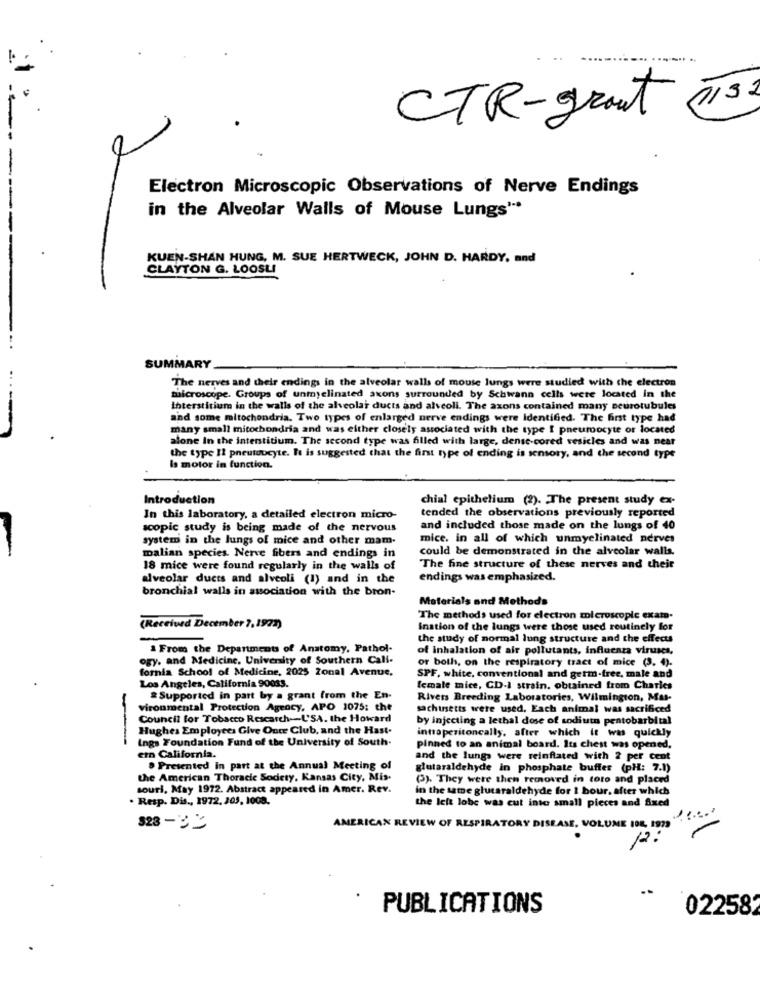
CTR-grant (13
Electron Microscopic Observations of Nerve Endings
in the Alveolar Walls of Mouse Lungs"*
KUEN-SHAN HUNG, M. SUE HERTWECK, JOHN D. HARDY, and
CLAYTON G. LOOSLI
SUMMARY
The nerves and their endings in the alveolar walls of mouse lungs were studied with the electron
microscope. Groups of unmyelinated axons surrounded by Schwann cells were located in the
Interstitium in the walls of the alveolar ducts and alveoli. The axons contained many seurotubules
and some mitochondria. Two types of enlarged nerve endings were Identified. The first type had
many small mitochondria and was either closely associated with the type I pneumoocyte or located
alone In the interstitium. The second type was filled with large, dense-cored vesicles and was near
the type Il pneutoocyte. It is suggested that the first type of ending is semsory, and the second type
Is motor in function.
Introduction
chial epithelium (2). The present study ex-
In this laboratory, a detailed electron micro-
tended the observations previously reported
scopic study is being made of the nervous
and included those made on the lungs of 40
system in the lungs of mice and other mam-
mice. in all of which unmyelinated nerves
could be demonstrated in the alveolar walls.
malian species. Nerve fibers and endings in
18 mice were found regularly in the walls of
The fine structure of these nerves and their
alveolar ducts and alveoli (I) and in the
endings was emphasized.
bronchial walls in association with the bron-
Materials and Methods
The methods used for electron microscopic exam.
(Received December 7,1972)
ination of the lungs were those used routinely for
the study of normal lung structure and the effects
From the Departments of Anatomy, Pathol-
of inhalation of air pollutants, influenza viruses,
ogy, and Medicine, University of Southern Call-
fornia School of Medicine, 2025 Zonal Avenue,
or both, on the respiratory tract of mice (3. 4).
SPF, white, conventional and germ-free, male and
Los Angeles, California 90033.
female mice, CD-I strain. obtained from Charles
& Supported in part by a grant from the En-
Rivers Breeding Laboratories, Wilmington, Mas-
vironmental Protection Agency, APO 1075: the
sachusetts were used, Each animal was sacrificed
Council for Tobacco Rescarch -- L'SA. the Howard
by injecting a lethal dose of sodiutn pentobarbital
Hughes Employees Give Oute Club, and the Hast.
-
Ings Foundation Fund of the University of South.
intraperitoncally, after which it was quickly
pinned to an animal board. Its chest was opened.
ern California.
and the lungs were reinflated with 2 per cent
Presented in part at the Annual Meeting of
glutaraldehyde in phosphate buffer (pH: 7.1)
the American Thoracic Sodety, Kansas City, Mis.
(3). They were then removed in toto and placed
souri, May 1972. Abstract appeared in Amer. Rev.
in the same glutaraldehyde for 1 hour. after which
. Resp. Dis ., 1972, 203, 1008.
the left lobe was cut into small pieces and fixed
AMERICAN REVIEW OF RESPIRATORY DISEASE, VOLUME 108, 1979
12:
PUBLICATIONS
022582